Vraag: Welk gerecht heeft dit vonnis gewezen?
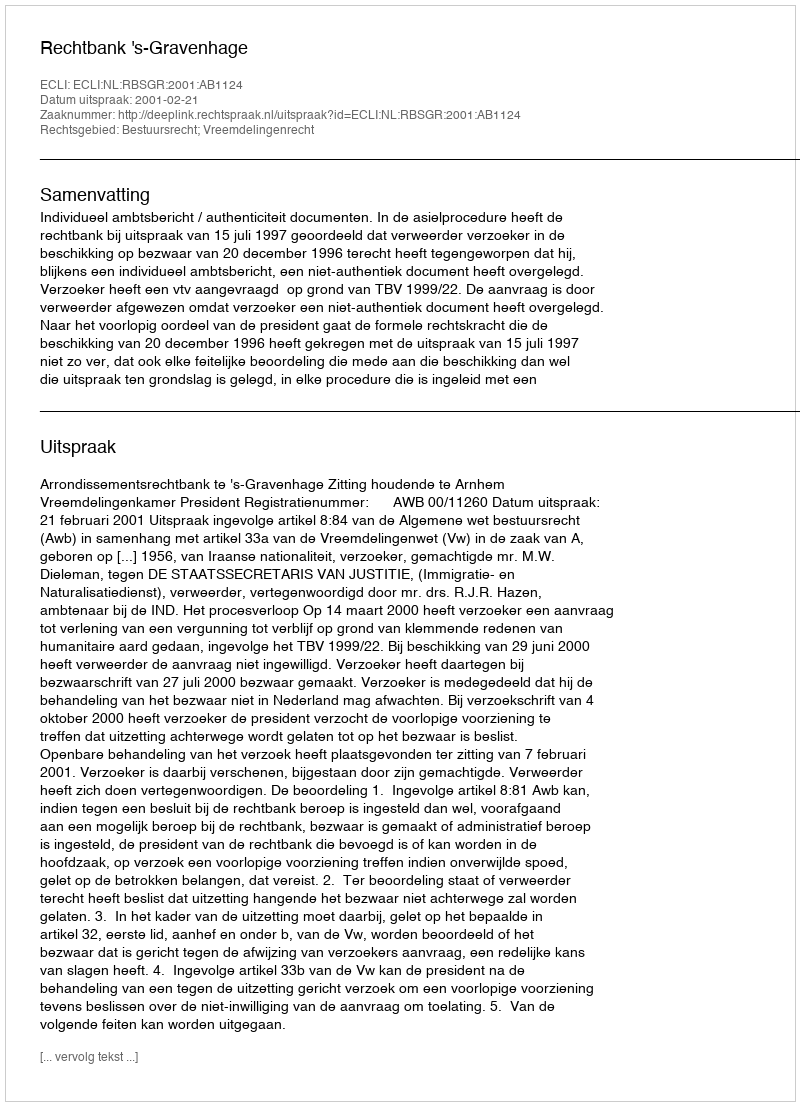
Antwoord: Rechtbank 's-Gravenhage